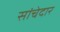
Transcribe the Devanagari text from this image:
सांचेदार